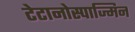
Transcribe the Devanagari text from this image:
टेटानोस्पाज्मिन